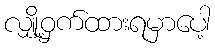
လျှို့ဝှက်ထားရမှာပေါ့